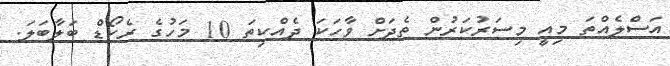
އަސްލެއްތަ މިއީ މިސަރުކަރުން ތެދަށް ވާހަކަ ދެއްކިތަ 10 މަހުގެ ރެކޯޑް ބަލާބަލަ.